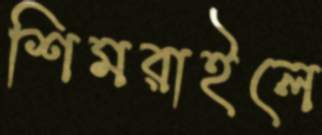
শিমরাইলে